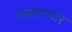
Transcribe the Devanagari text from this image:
भरस्टाचार